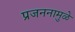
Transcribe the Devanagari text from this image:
प्रजननामुळे